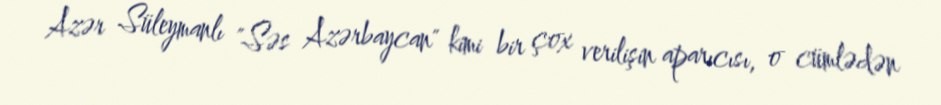
Azər Süleymanlı "Səs Azərbaycan" kimi bir çox verilişin aparıcısı, o cümlədən